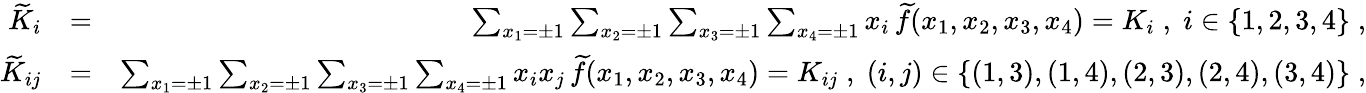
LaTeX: \begin{array}{rlr}{{\widetilde K}_{i}}&{=}&{\sum_{x_{1}=\pm 1}\sum_{x_{2}=\pm 1}\sum_{x_{3}=\pm 1}\sum_{x_{4}=\pm 1}x_{i}\, {\widetilde f}(x_{1},x_{2},x_{3},x_{4})=K_{i}\; ,\; i\in\{ 1,2,3,4\} \; ,}\\ {{\widetilde K}_{ij}}&{=}&{\sum_{x_{1}=\pm 1}\sum_{x_{2}=\pm 1}\sum_{x_{3}=\pm 1}\sum_{x_{4}=\pm 1}x_{i}x_{j}\, {\widetilde f}(x_{1},x_{2},x_{3},x_{4})=K_{ij}\; ,\; (i,j)\in\{ (1,3),(1,4),(2,3),(2,4),(3,4)\} \; ,}\end{array}